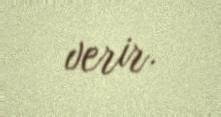
verir.